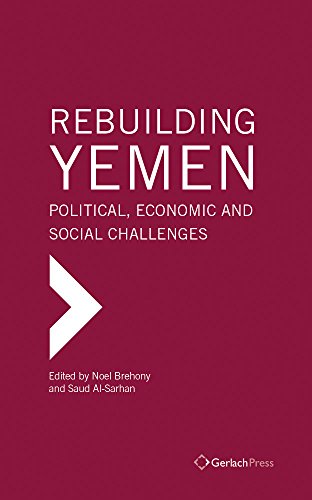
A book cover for Rebuilding Yemen: Political, Economic and Social Challenges (The Gulf Research Center Book Series); Noel Brehony; History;